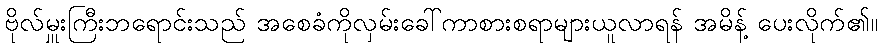
ဗိုလ်မှူးကြီးဘရောင်းသည် အစေခံကိုလှမ်းခေါ်ကာစားစရာများယူလာရန် အမိန့် ပေးလိုက်၏။